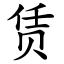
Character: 赁